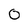
Character: 0